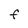
Character: F